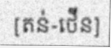
[តន់-ថើន]